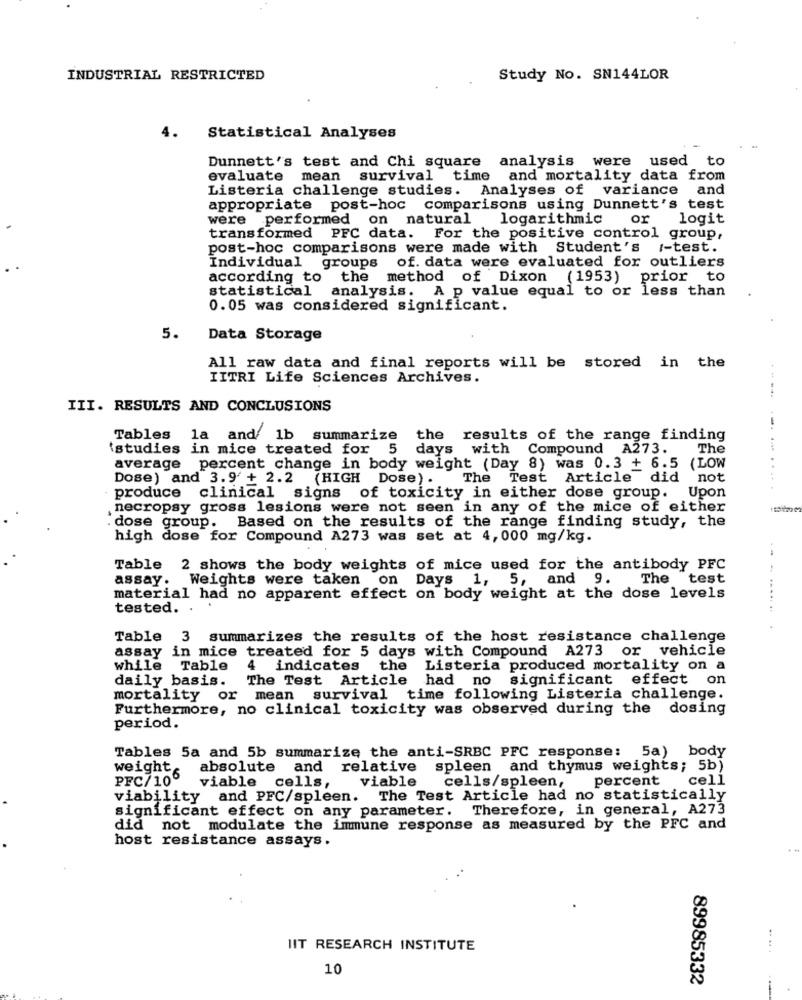
INDUSTRIAL RESTRICTED
Study No. SN144LOR
4.
Statistical Analyses
Dunnett's test and Chi square analysis were
used to
evaluate mean survival time
and mortality data from
Listeria challenge studies. Analyses of variance and
appropriate post-hoc comparisons using Dunnett's test
were performed on natural logarithmic
or
logit
transformed PFC data. For the positive control group,
post-hoc comparisons were made with Student's /-test.
Individual groups
of. data were evaluated for outliers
according to the
method of Dixon (1953) prior to
statistical
analysis. A p value equal to or less than
0.05 was considered significant.
5.
Data Storage
All raw data and final reports will be stored in the
IITRI Life Sciences Archives.
III. RESULTS AND CONCLUSIONS
Tables
la and 1b summarize the results of the range finding
'studies in mice treated for 5 days with Compound A273. The
average percent change in body weight (Day 8) was 0.3 + 6.5 (LOW
Dose) and 3.9+ 2.2 (HIGH Dose) .
The Test Article did not
produce clinical signs of toxicity in either dose group. Upon
necropsy gross lesions were not seen in any of the mice of either
. dose group. Based on the results of the range finding study, the
high dose for Compound A273 was set at 4,000 mg/kg.
Table
2 shows the body weights of mice used for the antibody PFC
Weights were taken on Days 1, 5, and 9.
The test
assay. W
material had no apparent effect on body weight at the dose levels
tested.
Table 3 summarizes the results of the host resistance challenge
assay in mice
treated for 5 days with Compound A273 or vehicle
while Table
4
indicates the
Listeria produced mortality on a
daily basis.
The Test Article had no significant effect on
mortality or mean survival time following Listeria challenge.
Furthermore, no clinical toxicity was observed during the dosing
period.
Tables 5a and 5b summarize the anti-SRBC PFC response: 5a) body
weights
absolute and relative spleen and thymus weights; 5b)
PFC/106
viable
percent cell
viable cells,
cells/spleen,
viability and PFC/spleen. The Test Article had no statistically
significant effect on any parameter. Therefore, in general, A273
did not modulate the immune response as measured by the PFC and
host resistance assays.
IIT RESEARCH INSTITUTE
10
89985332